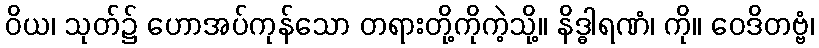
ဝိယ၊ သုတ်၌ ဟောအပ်ကုန်သော တရားတို့ကိုကဲ့သို့။ နိဒ္ဓါရဏံ၊ ကို။ ဝေဒိတဗ္ဗံ၊